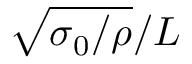
\sqrt { \sigma _ { 0 } / \rho } / L